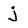
Character: j